Vital statistics of India. Vol. IV, Annual returns from 1871 to 1876. British Army of India, Native Army and jails of Bengal
Year: 1871
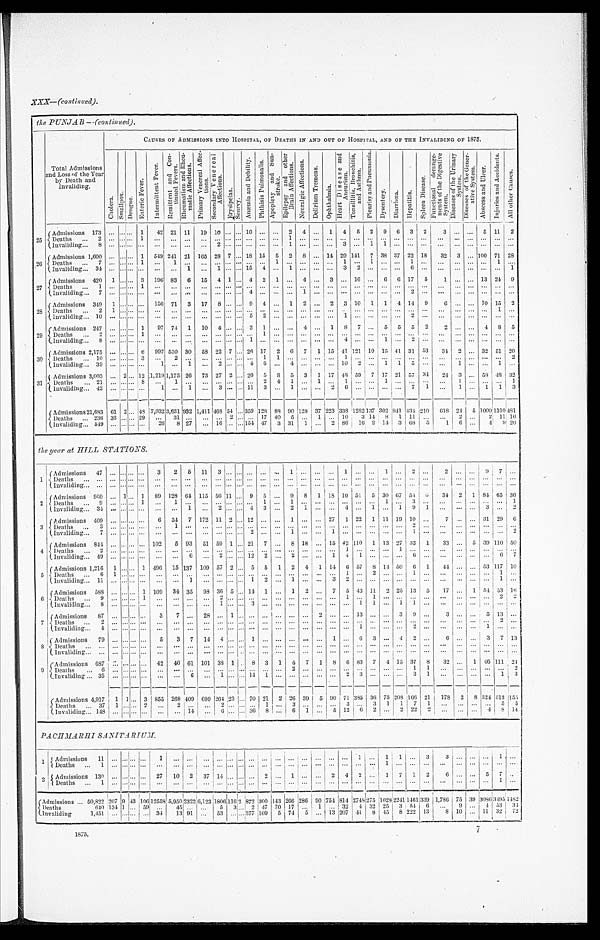
XXX—(continued).
the PUNJAB—(continued).
Total Admissions
and Loss of the Year
by Death and
Invaliding.
CAUSES OF ADMISSIONS INTO HOSPITAL, OF DEATHS IN AND OUT OF HOSPITAL, AND OF THE INVALIDING OF 1875.
C h o l e r a . S m a l l p o x
D e n g u e .
E n t e r i c F e v e r .
I n t e r m i t t e n t F e v e r .
R e m i t t e n t a n d C o n - t i n u e d F e v e r s .
R h e u m a t i s m a n d R h e u - m a t i c A f f e c t i o n s .
P r i m a r y V e n e r a l A f f e c t i o n s .
S e c o n d a r y V e n e r e a l A f f e c t i o n s .
E r y s i p e l a s .
S c u r v y .
A n æ u n i a a n d D e b i l i t y . P h t h i s i s P u l m o n a l i s .
A p o p l e x y a n d S u n - s t r o k e . E p i l e p s y a n d o t h e r B r a i n A f f e c t i o n s .
N e u r a l g i c A f f e c t i o n s .
D e l i r i u m T r e m e n s .
O p h t h a l m i a .
H e a r t D i s e a s e a n d A n e u r i s m .
T o n s i l l i t i s , B r o n c h i t i s , a n d A s t h m a .
P l e u r i s y a n d P n e u m o n i a .
D y s e n t e r y . D i a r r h œ a . H e p a t i t i s .
S p l e e n D i s e a s e .
F u n c t i o n a l d e r a n g e - m e n t s o f t h e D i g e s t i v e S y s t e m .
D i s e a s e s o f t h e U r i n a r y S y s t e m . D i s e a s e s o f t h e G e n e r - a t i v e S y s t e m .
A b s c e s s a n d U l c e r .
I n j u r i e s a n d A c c i d e n t s .
A l l o t h e r C a u s e s .
2 5
A d m i s s i o n s
1 7 3
. . . . . . . . . 1
4 2 2 1 1 1
1 9 1 0
. . . . . . 1 0 . . . . . .
2 4 . . .
1 4 5 2 9 6 3 2
3 . . . . . .
5 1 1
2
D e a t h s
2 . . . . . . . . . 1 . . .
. . .
. . . . . .
. . . . . . . . . . . . . . . . . . 1 . . . . . . . . . . . . . . . . . . . . . . . . . . . . . . . . .
. . . . . . . . . . . . . . .
I n v a l i d i n g
8
. . . . . . . . . . . . . . .
. . .
. . . . . .
2 . . . . . . . . . . . . . . . 1 . . . . . . . . . 3 . . . 1 1 . . . . . . . . . . . .
. . . . . . . . . . . . . . .
2 6
A d m i s s i o n s
1 . 6 0 0
. . . . . . . . . 1 5 4 9
2 4 1
2 1 1 6 5
2 8 7 . . . . . . . 1 8
1 5
5 2 8 . . . 1 4 2 9 1 4 1
7 3 8 3 7
2 2 1 8
3 2
3 . . . 1 0 0
7 1 2 8
D e a t h s
7
. . . . . . . . . 1 . . .
1
. . . . . .
. . . . . . . . . . . . . . . 1 . . . . . . . . . . . . 1 . . . 1 . . . . . . 1 . . . . . .
. . . . . . . . . 1 . . .
I n v a l i d i n g
3 4
. . . . . . . . . . . . . . .
. . .
1 . . .
1 . . . . . . 1 5 4 . . . 1 . . . . . . . . . 3 2 . . . . . . . . . 6 . . . . . .
. . . . . . . . . . . . 1
2 7
A d m i s s i o n s
4 2 0
1 . . . . . . 3 1 9 6
8 3
6 1 5 4 1 . . . 4
2 1 . . .
4 . . .
3 . . . 1 6 . . . 6 6 1 7
5
1 . . . . . . 1 3 2 4
2 9
D e a t h s
1 . . . . . . . . . 1 . . .
. . . . . .
. . . . . . . . . . . . . . . . . . . . . . . . . . . . . . . . . . . . . . . . . . . . . . .
. . . . .
. . .
. . . . . . . . . . . . . . .
I n v a l i d i n g
7
. . . . . . . . . . . . . . .
. . .
. . . . . .
. . . . . . . . . 4 . . . . . . . . . 1 . . . . . . . . . . . . . . . . . . . . .
2 . . . . . .
. . . . . . . . . . . . . . .
2 8
A d m i s s i o n s
3 4 0
1 . . . . . . . .
1 5 6
7 1
3 1 7
8 . . . . . . . 9 4 . . .
1 2 . . .
2 3 1 0
1 1 4 1 4
9
6 . . . . . . 1 0 1 5
2
D e a t h s .
2
1 . . . . . . . . . . . .
. . .
. . . . . .
. . . . . . . . . . . . . . . . . . . . . . . . . . . . . . . . . . . . . . . . . . . . .
. . . . . . . . . 1 . .
I n v a l i d i n g
1 0
. . . . . . . . . . . . . . .
. . .
. . . . . .
. . . . . . . . . 5 2 . . . . . . . . . . . . . . . . 1 . . . . . . . . . . . . 2 . . . . . .
. . . . . . . . . . . . . .
2 9
A d m i s s i i o n s
2 4 7
. . . . . . . . . 1 9 7
7 4
1 1 0
4 . . . . . . 3 1 . . . . . . .
4 . . .
1 8 7 . . . 5 5
5 2
2 . . . . . .
4 8 5
D e a t h s 2
. . . . . . . . . 1
. . .
. . . . . .
. . . . . . . . . . . . . . . 1 . . . . . . . . . . . . . . . . . . . . . . . . . . . . . . . . . . . . . . .
. . . . . . . . . . . . . . .
I n v a l i d i n g
8
. . . . . . . . . . . . . . .
. . .
. . . . . . .
. . . . . . . . . 1 . . . . . . . . . . . . . . . . . . 4 . . .
. . .
. . . . . . 1 . . . 2 . . . . . .
. . . . . . . . . . . . . . .
3 0
A d m i s s i o n s
2 , 1 7 5
. . . . . . . . . 6 9 9 7 5 3 0
3 0
5 8 2 2 7 . . . 2 6 1 7
2 6 7 1 1 5 4 1 1 2 1
1 0 1 5 4 1 3 1 5 3
3 4
2 . . . 3 2 5 1 2 0
D e a t h s
1 0
. . . . . . . . . 3 . . .
2
. . . . . .
. . . . . . . . . . . . 1 1 . . . . . . . . . . . . 1 . . . . . . . . . . . . . . . . . . . . .
. . . . . . . . . . . . 2
I n v a l i d i n g
3 9 . . . . . . . . . . . . 1
. . .
1 . . .
2 . . . . . . 4 6 . . . 4 . . . . . . . . . 1 0 2 . . . 1 1 5 . . . . . .
1 . . . . . . 1 . . .
3 1
A d m i s s i o n s
3 , 0 0 3
. . . 2 . . . 1 2 1 , 2 1 9
1 , 1 7 5
2 6
7 3 2 7 2 . . . 2 0
5 8 5 3 1 1 7 4 8 5 9
7 1 7 2 1 5 7 3 4
2 4
3 . . . 5 8 4 8 3 2
D e a t h s
2 1
. . . . . . . . . 8 . . .
1
. . . . . .
. . . . . . . . . . . . 1 4 1 . . . 1 . . . 1 . . . . . . 1 . . . . . . . . . . . .
1 . . . . . . . . . 1
I n v a l i d i n g
4 2 . . . . . .
. . . . . . 1
. . .
1 . . .
3 . . . . . . 1 1 3 . . . 1 . . . . . . 2 6 . . . . . . . . .
. . . 7 1 . . .
1 . . . 1 1 3
A d m i s s i o n s
2 1 , 6 8 3
6 1 2 . . . 4 8 7 , 0 3 2 3 , 6 3 1
9 3 2 1 , 4 1 1 4 6 8
5 4 . . . 3 5 9 1 2 8
8 8 9 0 1 2 8
3 7
2 2 3 3 3 8 1 2 8 2 1 3 7
3 0 2
8 4 1
4 3 4 2 1 0
6 1 8
2 4
5
1 0 0 0
1 3 1 0 4 8 1
D e a t h s
2 3 6
3 3 . . . . . . 2 9
. . . 3 1
. . . . . .
. . . 2 . . . . . . 1 7 4 0 5 . . . 1 . . . 1 0 3 1 4 8 1 1 1 . . . . . .
2 . . . 2 1 1 1 6
I n v a l i d i n g
5 4 9
. . . . . . . . . . . . 2 6
8 2 7
. . . 1 6 . . . . . . 1 5 4
4 7
3 3 1
1 . . .
2 8 6 1 6
2 1 4
3 6 8
5
1 6
. . .
4 9
2 0
the year at HILL STATIONS.
1
A d m i s s i o n s
4 7 . . . . . . . . . . . .
3
2 5 1 1
3 . . . . . . . . . . . . . . .
1 . . . . . . . . .
1 . . . . . .
1 . . .
2 . . . 2
. . . . . . 9 7 . . .
D e a t h s
. . .
. . . . . . . . . . . . . . .
. . .
. . . . . .
. . . . . . . . . . . . . . . . . . . . . . . . . . . . . . . . . . . . . . . . . . . . . . . . . . . . . .
. . . . . . . . . . . . . . .
I n v a l i d i n g
. . .
. . . . . . . . . . . . . . .
. . .
. . . . . .
. . . . . . . . . . . . . . . . . . . . . . . . . . . . . . . . . . . . . . . . . . . . . . . . . . . . . .
. . . . . . . . . . . . . . .
2
A d m i s s i o n s
9 6 0
. . . 1 . . . 1 8 9 1 2 8
6 4 1 1 5
5 6 1 1 . . . 9 5 . . .
9 8 1 1 8 1 0 5 1
5 3 0 6 7 5 4
6
3 4
2 1 8 4 6 5 3 6
D e a t h s .
9
. . . . . . . . . 1 . . .
1
. . . . . . .
. . . . . . . . . . . 1 . . . 1 . . . . . . . . . . . . . . . . . . 1 . . . 3 . . . . . .
. . . . . . . . . . . . 1
I n v a l i d i n g .
3 4
. . . . . . . . . . . . . . .
. . .
1 . . .
2 . . . . . .
3 . . . 2 1 . . . . . . 4 . . . 1 . . . 1 9 1 . . .
. . . . . . 3 . . . 2
3
A d m i s s i o n s
4 0 9
. . . . . . . . . . . .
6 3 4
7 1 7 2
1 1 2 . . . 1 2 . . . . . .
1 . . . . . . 2 7
1 2 2
1 1 1 1 9 1 0 . . .
7 . . . . . . 3 1 2 9 6
D e a t h s
3
. . . . . . . . . . . . . . .
1
. . . . . .
. . . . . . . . . . . . . . . . . . . . . . . . . . . . . . . . . . . . . . . . . . . . . 2
. . . . . .
. . . . . . . . . . . . . . .
I n v a l i d i n g
7
. . . . . . . . . . . . . . .
. . .
. . . . . .
. . . . . . . . . 2 . . . . . . 1 . . . . . . 1 . . . . . . . . . . . . . . . 1 . . . . . .
. . . . . . . . . . . . 2
4
A d m i s s i o n s
8 4 4
. . . . . . . . . . . . 1 0 2
5 9 3
5 1 5 9 1 . . . 2 1
7 . . .
8 1 8 . . .
1 5 4 2 1 1 0
1 1 3 2 7 3 3
1
3 3 . . .
5 3 9 1 1 0
5 0
D e a t h s
2
. . . . . . . . . . . . . . .
. . .
. . . . . .
. . . . . . . . . . . . . . . . . . . . . . . . . . . . . . 1 . . . . . . . . . 1 . . . . . . . . .
. . . . . . . . . . . . . . .
I n v a l i d i n g
4 9 . . . . . . . . . . . .
. . .
. . .
6 . . . 2 . . . . . . 1 2
2 . . .
2 . . . . . .
1 4 1 . . . . . . . . .
6 . . .
. . .
. . . . . . . . .
6 7
5
A d m i s s i o n s
1 , 2 1 6
1 . . . . . . 1 4 9 6
1 5 1 3 7 1 0 9
5 7 2 . . . 5 6 1 2 4 1 1 4
6 5 7
8 1 4
5 0
6 1
4 4 . . . . . . 5 3 1 1 7
1 0
D e a t h s
6 1 . . . . . . . . . . . .
. . .
. . . . . .
. . . . . . . . . . . . . . . . . . . . . . . . . . . . . 1 . . . 2 . . . . . . 1 . . . . . .
. . . . . . . . . 1 . . .
I n v a l i d i n g
1 1
. . . . . . . . . . . . . . .
. . .
1 . . .
. . . . . . . . . 1 2 . . . 1 . . . . . . 3 2 . . . . . . . . . . . . . . . . . . . . .
. . . . . . . . . 1 . . .
6
A d m i s s i o n s
5 8 8
. . . . . . . . . 1 1 0 9
3 4
3 5
9 8 3 6
5 . . . 1 4
1 . . .
1 2 . . .
7 5 4 3 1 1
2 2 5 1 3
5
1 7 . . .
1 5 4 5 3 1 6
D e a t h s
9
. . . . . . . . . 1 . . .
. . .
. . . . . .
2 . . . . . . . . . . . . . . . . . . . . . . . . . . . 1 . . . 1 . . . . . . . . . . . . . . .
. . . . . . . . .
2 2
I n v a l i d i n g
8
. . . . . . . . . . . . . . .
. . .
. . . . . .
1 . . . . . . 3 . . . . . . . . . . . . . . . . . . . . . 1 1 . . . 1 1 . . . . . .
. . . . . . . . . . . . . . .
7
A d m i s s i o n s
8 7 . . . . . . . . . . . .
3
7 . . .
2 8 . . . 1 . . . . . . . . . . . . . . . . . .
2 . . . . . . 1 3 . . . . . .
3 9 . . .
3 . . . . . .
5 1 3 . . .
D e a t h s
2
. . . . . . . . . . . . . . .
. . .
. . . . . .
. . . . . . . . . . . . . . . . . . . . . . . . . . . . . . . . . . . . . . . . . . . . . . . . . . . . . .
. . . . . . . . . 2 . . .
I n v a l i d i n g
4
. . . . . . . . . . . . . . .
. . .
. . . . . .
. . . . . . . . . . . . . . . . . . . . . . . . . . . . . . . . . 1 . . . . . . . . . 2 . . . . . .
. . . . . . 1 . . . . . .
8
A d m i s s i o n s
7 9 . . . . . . . . . . . .
5
3 7 1 4
4 . . . . . . 1 . . . . . . . . . . . . . . .
1 . . .
6 3 . . .
4 2 . . .
6 . . . . . .
3 7 1 3
D e a t h s
. . . . . . . . . . . . . . .
. . .
. . . . . .
. . . . . . . . . . . . . . . . . . . . . . . . . . . . . . . . . . . . . . . . . . . . . . . . . . . . . .
. . .
. . . . . . . . . . . . . . .
I n v a l i d i n g
. . .
. . . . . . . . . . . . . . .
. . .
. . . . . .
. . . . . . . . . . . . . . . . . . . . . . . . . . . . . . . . . . . . . . . . . . . . . . . . . . . . . .
. . . . . . . . . . . . . . .
9 A d m i s s i o n s
6 8 7
. . . . . . . . . . . .
4 2
4 0 6 1 1 0 1
3 8 1 . . . 8 3 1 4 7 1 8 6 8 3
7 4 1 3
3 7
8
3 2 . . .
1 4 6 1 1 1
2 4
D e a t h s
6
. . . . . . . . . . . . . . .
. . .
. . . . . .
. . . . . . . . . . . . . . . . . . 2 . . . . . . . . . . . . . . . . . . . . . . . . 1 1 . . .
. . . . . . . . . . . .
2
I n v a l i d i n g
3 5
. . . . . . . . . . . . . . .
. . .
6 . . .
1 . . . . . . 1 4 1 . . . . . . . . . . . .
. . . 2 3 . . . . . . . . . 3 1 . . .
. . . . . . . . . 1 3
A d m i s s i o n s
4 , 9 1 7
1 1 . . . 3 8 5 5
2 6 8
4 0 9
6 9 9 2 6 4 2 3 . . . 7 0 2 1
2 2 6 3 9
5 9 0 7 1 3 8 5
3 6 7 5 2 0 8 1 6 6
2 1
1 7 8
2 8 3 2 4 5 1 2 1 5 5
D e a t h s
3 7
1 . . . . . . 2 . . .
2 . . .
. . .
2 . . . . . . . . .
1 . . .
3 . . . . . . . . .
3 . . . 3
1 1
7 1 . . .
. . . . . . . . .
5 5
I n v a l i d i n g
1 4 8
. . . . . . . . . . . .
. . .
. . . 1 4
. . .
6 . . . . . . 3 6
8 . . .
6 1 . . .
5 1 2 6 2
. . . 2 2 2 2 . . .
. . . . . . 4 8 1 4
PACHMARHI SANITARIUM.
1
A d m i s s i o n s
1 1
. . . . . . . . . . . . 1
. . .
. . . . . .
. . . . . . . . . . . . . . . . . . . . . . . . . . . . . . . . . 1 . . . 1 1
. . .
3 3
. . . . . . . . . 1 . . .
D e a t h s .
1
. . . . . . . . . . . . . . .
. . .
. . . . . .
. . . . . . . . . . . . . . . . . . . . . . . . . . .
. . . . . .
. . . . . . 1 . . . . . . . . . . . .
. . . . . . . . . . . . . . .
2 A d m i s s i o n s
1 3 0
. . . . . . . . . . . .
2 7
1 0
2 3 7
1 4 . . . . . . . . .
2 . . .
1 . . . . . .
2 4 2 . . .
1 7
1 2
6 . . . . . .
5 7 . . .
D e a t h s
1 . . . . . . . . . . . . . . .
. . .
. . . . . .
. . . . . . . . . . . . . . . . . . . . . . . . . . . . . . . . . . . . . . . . . . . . . . . . . .
. . . . . . . . . . . .
1 . . .
A d m i s s i o n s . . .
5 0 , 8 2 2
2 0 7 9 4 3 1 0 6 1 2 5 5 8
5 , 9 5 0
2 3 2 2 6 , 1 2 3
1 8 0 6 1 1 6 2 8 7 2 3 0 0 1 4 3 2 6 6 2 8 6
9 0 7 5 4 8 1 4 2 7 4 8 2 7 5
1 0 2 8 2 2 4 1 1 4 6 1 3 3 9
1 , 7 8 6
7 5 3 9 3 0 8 6 3 4 9 5 1 4 8 2
D e a t h s . . . .
6 4 0 1 3 4 1 . . . 5 9 . . .
4 5 . . . . . .
5 3 . . . 2 4 7 7 0 1 7 . . .
1 . . . 3 2
4 3 2 2 5 3
5 4
6 . . .
9 . . .
4 5 3
3 4
I n v a l i d i n g . . . .
1 , 4 5 1
. . . . . . . . . . . . 3 4
1 3 9 1 . . .
5 3 . . . . . . 3 7 7 1 0 9
5 7 4
5 . . . 1 3 2 0 7
4 1
8 4 5 8 2 2 2 1 3 8
1 0
. . . 1 1 3 2 7 2
1875.
7